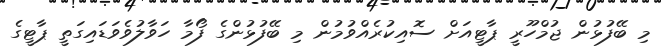
މި ބޭފުޅުން ޖުމްހޫރީ ޕާޓީއަށް ސޮއިކުރެއްވުމުން މި ބޭފުޅުންގެ ފޯމާ ހަވާލުވެވަޑައިގަތީ ޕާޓީގެ